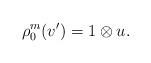
LaTeX: \begin{align*}\rho^m_0(v')=1\otimes u. \end{align*}